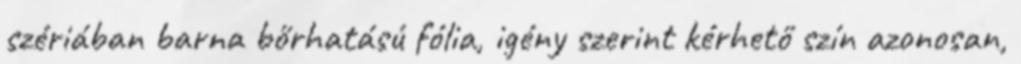
szériában barna bőrhatású fólia, igény szerint kérhető szín azonosan,